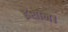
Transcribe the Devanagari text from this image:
इशान।